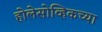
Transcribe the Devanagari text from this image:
होलेसोव्हिकच्या